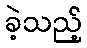
ခဲ့သည့်